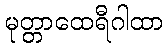
မုတ္တာထေရီဂါထာ